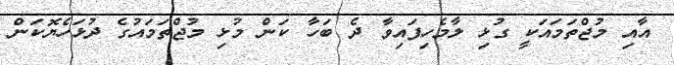
އާއި މުޖްތަމައަކީ ގުޅި ލާމެހިފައިވާ ދެ ބަހާ ކަން މުޅި މުޖްތަމައުގެ ދުޅަހެޔޮކަން